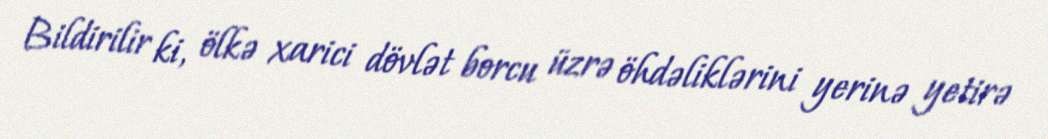
Bildirilir ki, ölkə xarici dövlət borcu üzrə öhdəliklərini yerinə yetirə